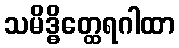
သမိဒ္ဓိတ္ထေရဂါထာ